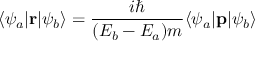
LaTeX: \langle \psi _ { a } | \mathbf { r } | \psi _ { b } \rangle = { \frac { i \hbar } { ( E _ { b } - E _ { a } ) m } } \langle \psi _ { a } | \mathbf { p } | \psi _ { b } \rangle